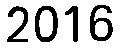
2016